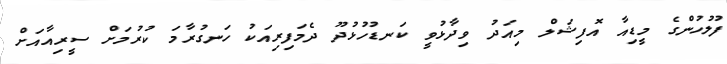
ފުލުހުންގެ މީޑިއާ އޮފިޝަލް މިއަދު ވިދާޅުވީ ކަނޑުހުޅުދޫ ދެމަފިރިއަކު ހަނގުރާމަ ކުރުމަށް ސީރިއާއަށް